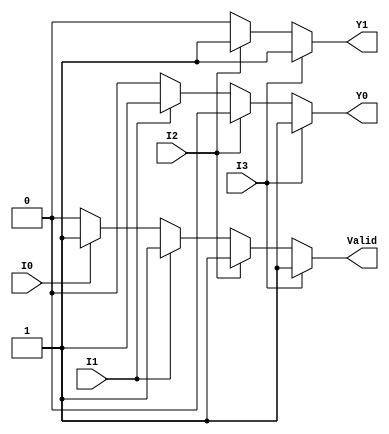
module encoder_4to2 (
    input wire I0,    // Input 0
    input wire I1,    // Input 1
    input wire I2,    // Input 2
    input wire I3,    // Input 3
    output reg Y1,    // Output 1
    output reg Y0,    // Output 0
    output reg Valid   // Valid output
);

    always @(*) begin
        // Default outputs
        Y1 = 1'b0;
        Y0 = 1'b0;
        Valid = 1'b0;

        // Check inputs for active state
        if (I3) begin
            Y1 = 1'b1;
            Y0 = 1'b1;
            Valid = 1'b1;
        end else if (I2) begin
            Y1 = 1'b1;
            Y0 = 1'b0;
            Valid = 1'b1;
        end else if (I1) begin
            Y1 = 1'b0;
            Y0 = 1'b1;
            Valid = 1'b1;
        end else if (I0) begin
            Y1 = 1'b0;
            Y0 = 1'b0;
            Valid = 1'b1;
        end
    end

endmodule